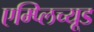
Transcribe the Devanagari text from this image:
एम्प्लिच्यूड